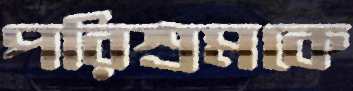
পরিশ্রমকে